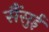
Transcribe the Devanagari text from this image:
सैंसुई